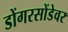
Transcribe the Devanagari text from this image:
डोंगरसोंडेवर